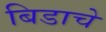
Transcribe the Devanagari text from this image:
बिडाचे